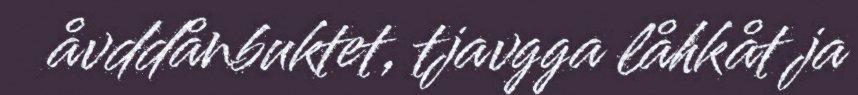
åvddånbuktet, tjavgga låhkåt ja